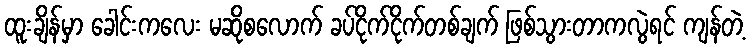
ထူးချိန်မှာ ခေါင်းကလေး မဆိုစလောက် ခပ်ငိုက်ငိုက်တစ်ချက် ဖြစ်သွားတာကလွဲရင် ကျန်တဲ့